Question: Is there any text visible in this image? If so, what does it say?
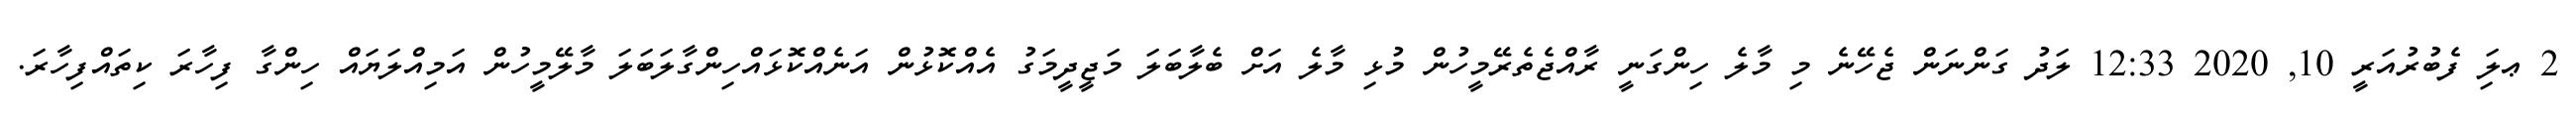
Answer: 2 ޢލަި ފެބުރުއަރީ 10, 2020 12:33 ލަދު ގަންނަން ޖެހޭނެ މި މާލެ ހިންގަނީ ރާއްޖެތެރޭމީހުން މުޅި މާލެ އަށް ބެލާބަލަ މަޖީދީމަގު އެއްކޮޅުން އަނެއްކޮޅައްހިންގާލަބަލަ މާލޭމީހުން އަމިއްލަޔައް ހިންގާ ފިހާރަ ކިތައްފިހާރަ.